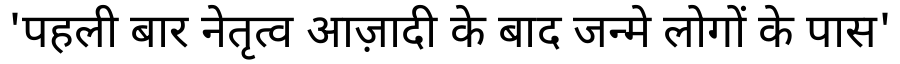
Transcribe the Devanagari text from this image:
'पहली बार नेतृत्व आज़ादी के बाद जन्मे लोगों के पास'